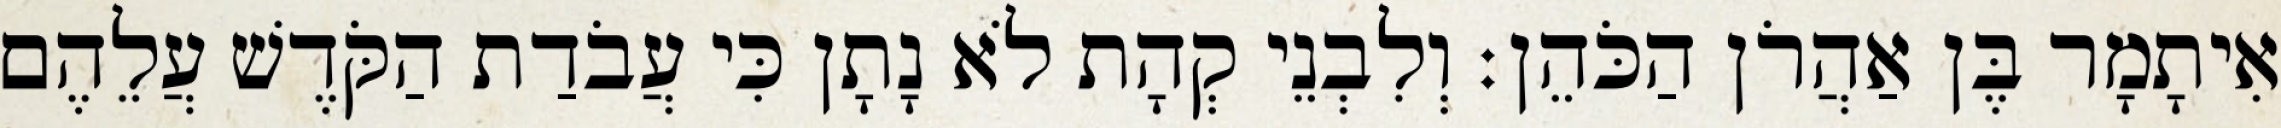
אִיתָמָר בֶּן אַהֲרֹן הַכֹּהֵן׃ וְלִבְנֵי קְהָת לֹא נָתָן כִּי עֲבֹדַת הַקֹּדֶשׁ עֲלֵהֶם